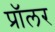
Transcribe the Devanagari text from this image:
प्रॉलर